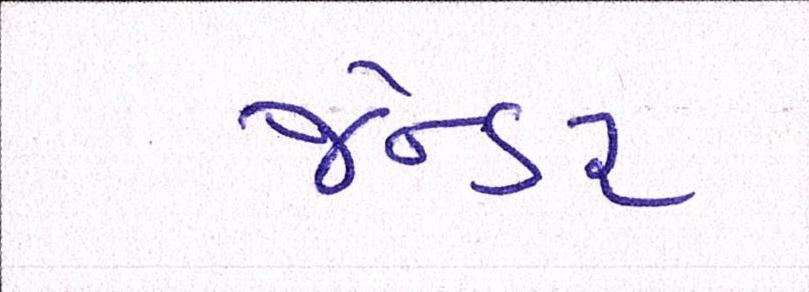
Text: જેન્ડર